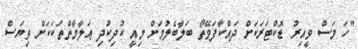
"ހަ މަސް ވީއިރު ޑޮކްޓަރަކަށް ދައްކާފަވޭތޯ ބަލާބެލުމަށް މިއީ ކުދިކުދި ޢަލާމާތްތަކަކަށް ވިޔަސް